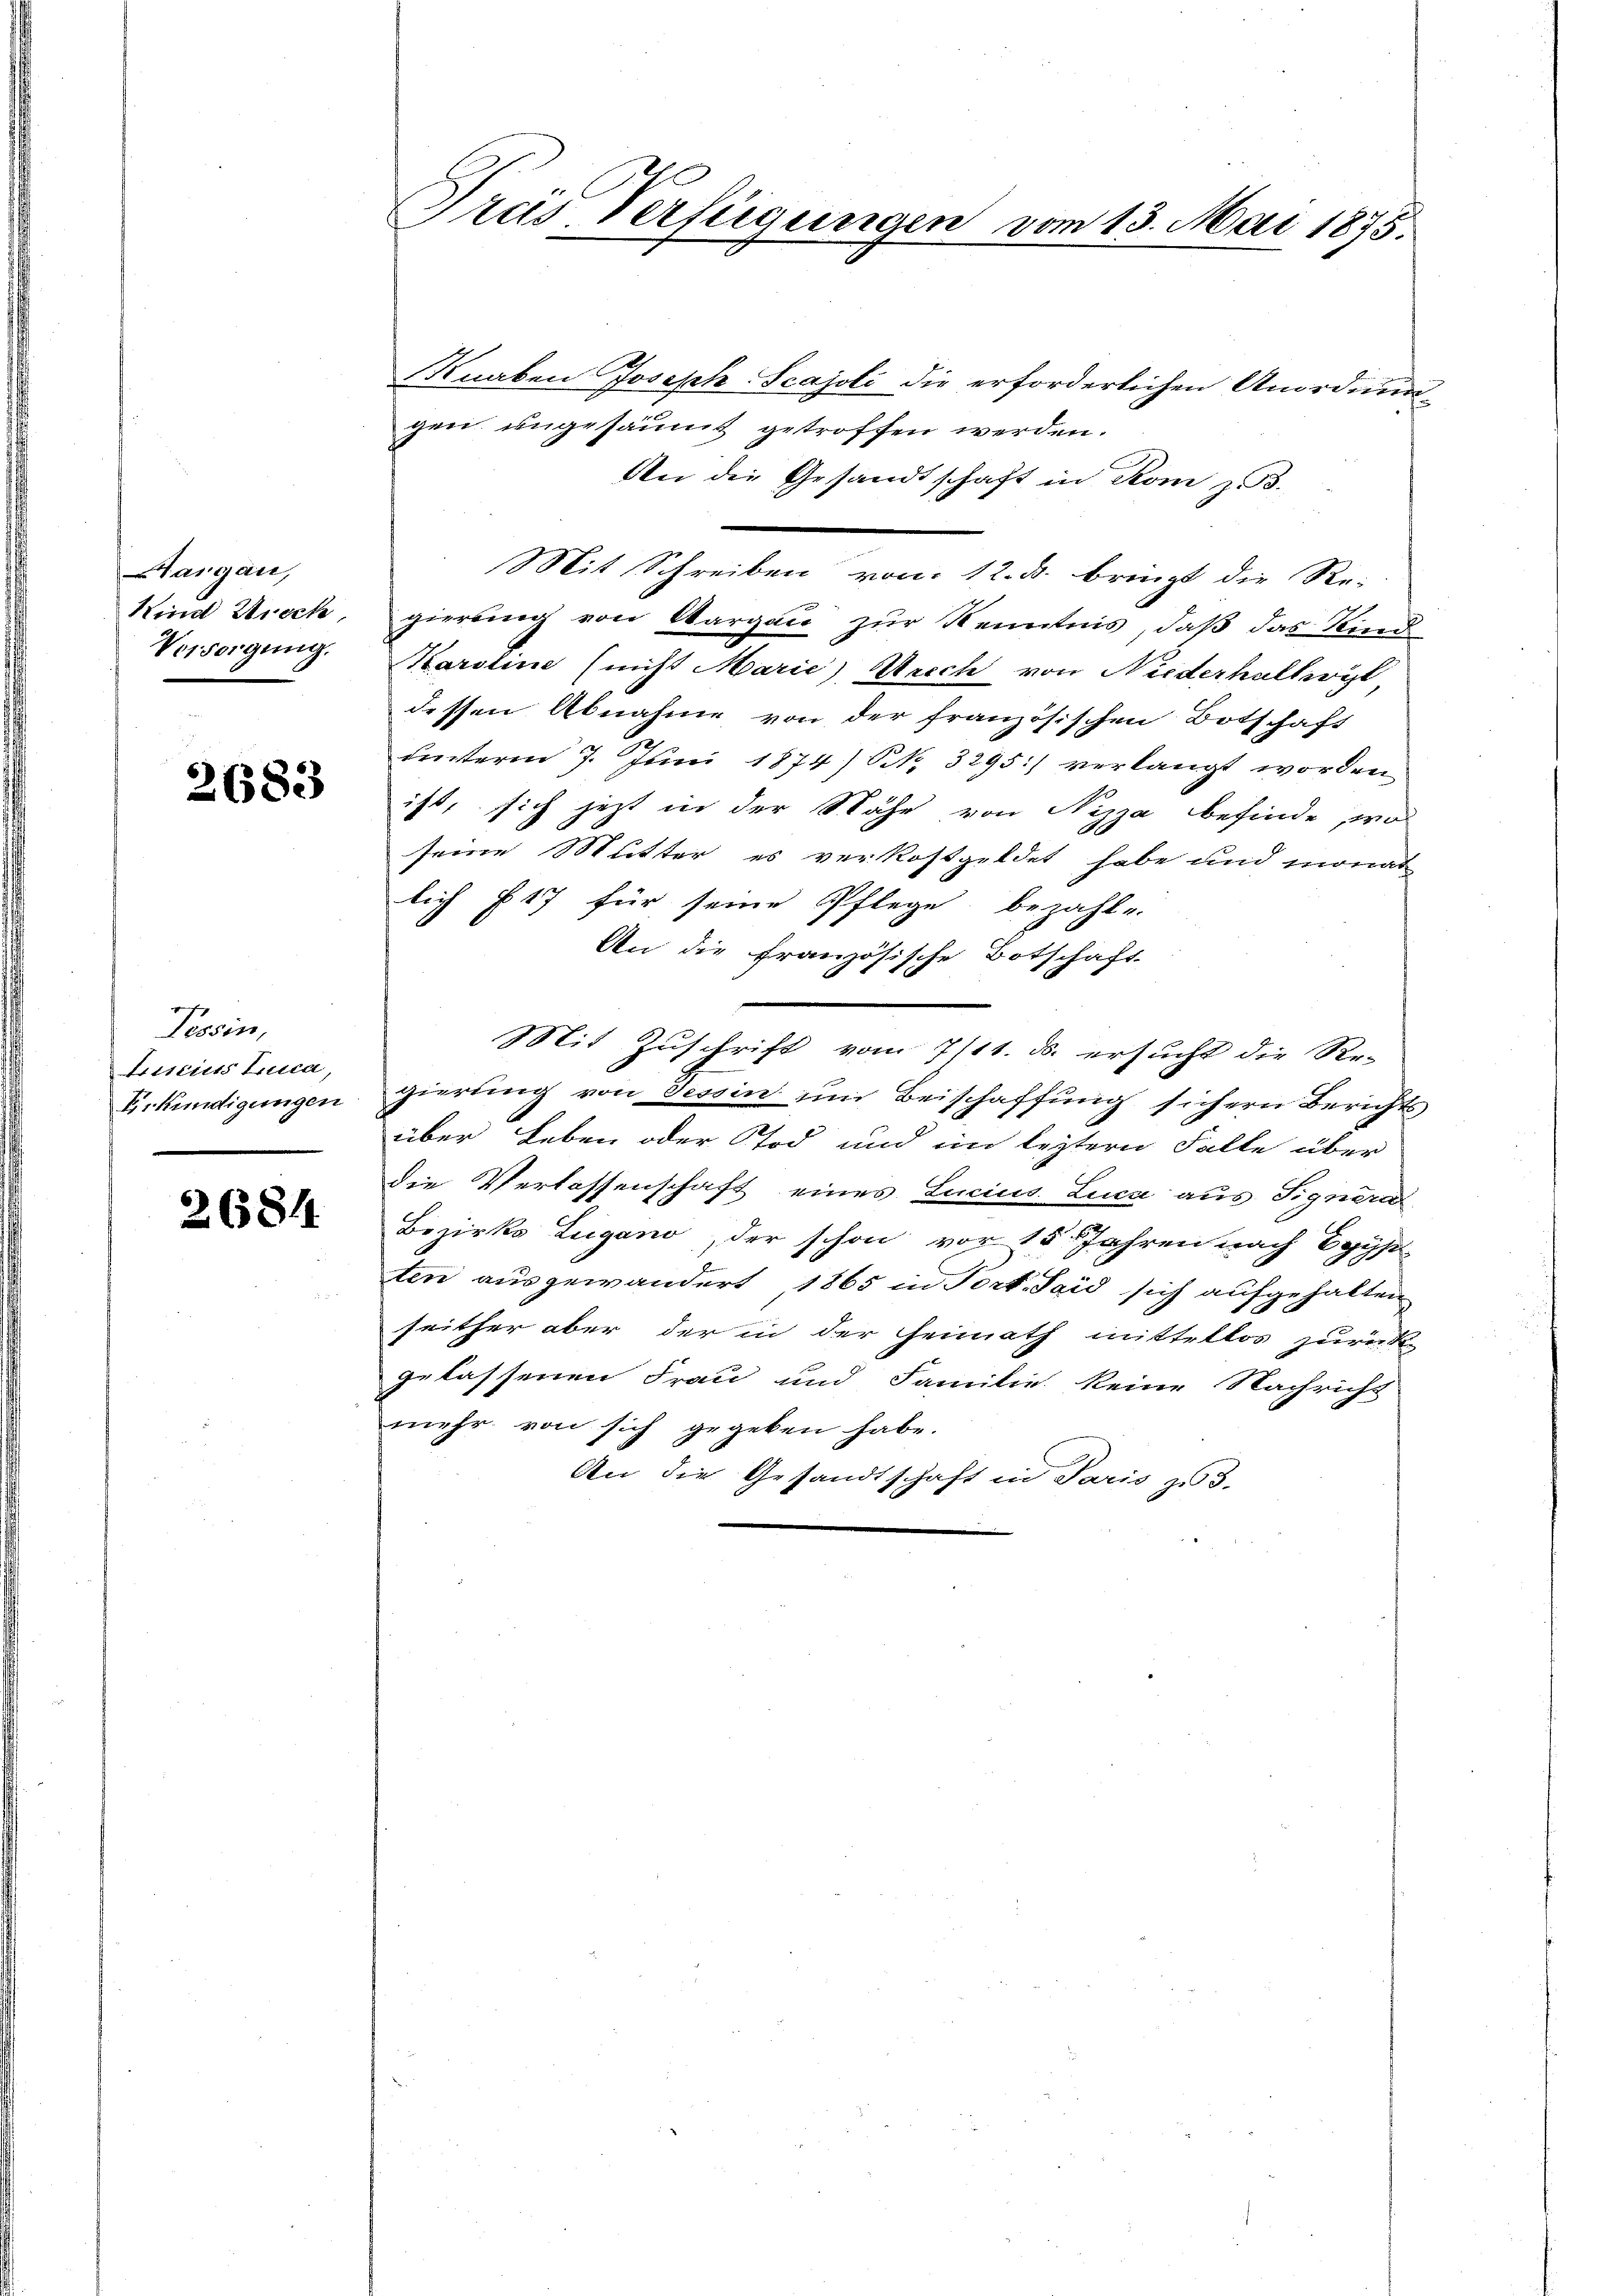
argau,
Kind Ziech
Versorgung.

2683

Tessin,
Luiseis Enica,
Erkundigungen

2684.

Preis, Verfügungen vom 13. Mai 1875.

Knaben Joseph Scajoli die erforderlichen Anordnun
gen ungesäumt getroffen werden.
An die Gesandtschaft in Rom z. B.
Mit Schreiben vom 12. d. bringt die Re-
gierung von Aargau zur Kenntnis, daß das Kind
Karoline (nicht Marie Weich von Niederhaltwyl
dessen Abnahme von der französischen Botschaft
uinterm 7. Juni 1874) S. 3295) verlangt worden
ist, sich jetzt in der Nähe von Nizza befinde, wo
seine Mutter es verkostgeldet habe und monat
lich § 17 für seine Pflege bezahle.
An die Französische Botschaft
Mit Zuschrift vom 7/11. ds. ersucht die Re-
gierung von Tessin um Beischaffung sichern Berichts
über Leben oder Tod und im leztern Falle über
die Verlassenschaft eines Lucius Luca aus Signeral
Bezirks Zugano, der schon vor 15 Jahren nach Egyp
ten ausgewandert 1865 in Port. Said sich aufgehalten
seither aber der in der Heimath mittellos zurück
gelassenen Frau und Familie keine Nachricht
mehr von sich gegeben habe.
An die Gesandtschaft in Paris zu 3.